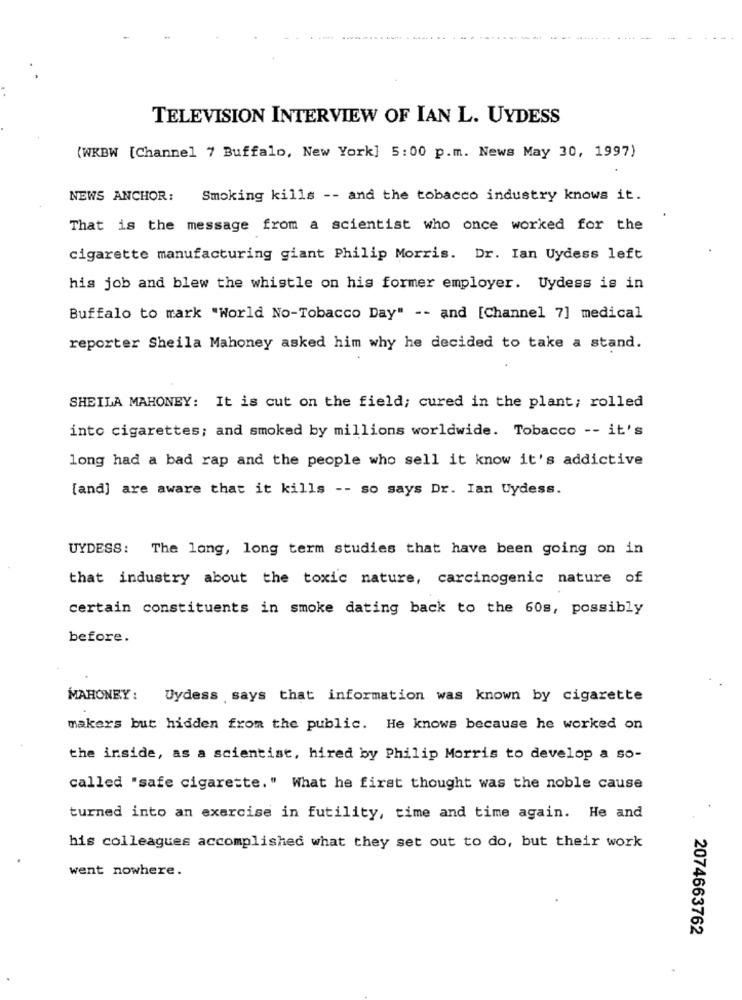
TELEVISION INTERVIEW OF IAN L. UYDESS
(WKBW [Channel 7 Buffalo, New York] 5:00 p.m. News May 30, 1997)
NEWS ANCHOR:
Smoking kills -- and the tobacco industry knows it.
That is the message from a scientist who once worked for the
cigarette manufacturing giant Philip Morris. Dr. Ian Uydess left
his job and blew the whistle on his former employer. Uydess is in
Buffalo to mark "World No-Tobacco Day" -- and [Channel 7] medical
reporter Sheila Mahoney asked him why he decided to take a stand.
SHEILA MAHONEY: It is cut on the field; cured in the plant; rolled
into cigarettes; and smoked by millions worldwide. Tobacco -- it's
long had a bad rap and the people who sell it know it's addictive
[and] are aware that it kills -- so says Dr. Ian Uydess.
UYDESS: The long, long term studies that have been going on in
that industry about the toxic nature, carcinogenic nature of
certain constituents in smoke dating back to the 60s, possibly
before.
MAHONEY: Uydess says that information was known by cigarette
makers but hidden from the public. He knows because he worked on
the inside, as a scientist, hired by Philip Morris to develop a so-
called "safe cigarette." What he first thought was the noble cause
turned into an exercise in futility, time and time again. He and
his colleagues accomplished what they set out to do, but their work
went nowhere.
2074663762